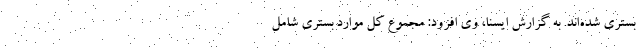
بستری شده‌اند. به گزارش ایسنا، وی افزود: مجموع کل موارد بستری شامل